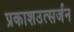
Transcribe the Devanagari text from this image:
प्रकाशउत्सर्जन